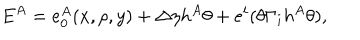
E ^ { A } = e _ { 0 } ^ { A } ( x , \rho , y ) + \Delta \eta h ^ { A } \theta + e ^ { i } ( \theta \Gamma _ { i } h ^ { A } \theta ) ,